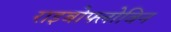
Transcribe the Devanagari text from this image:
राइबोफ्लोविन